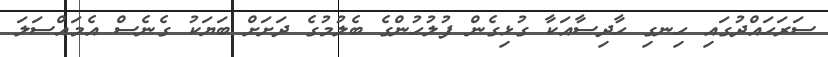
ސަރަހައްދުގައި ހިނގި ހާދިސާއަކާ ގުޅިގެން ފުލުހުންގެ ބެލުމުގެ ދަށަށް ބަޔަކު ގެނެސް އެމައްސަލަ